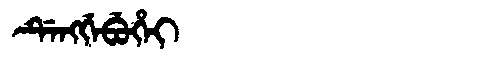
Manchu: ᡩᡝᠩᡤᡝᠪᡠᡥᡝᡳ
Romanization: DENGGEBUHEI